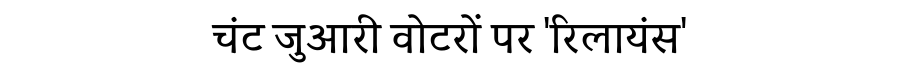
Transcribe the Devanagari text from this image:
चंट जुआरी वोटरों पर 'रिलायंस'